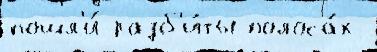
пошл'и́ разб'и́ты полоса́х